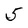
Character: 5